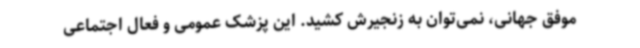
موفق جهانی، نمی‌توان به زنجیرش کشید. این پزشک عمومی و فعال اجتماعی